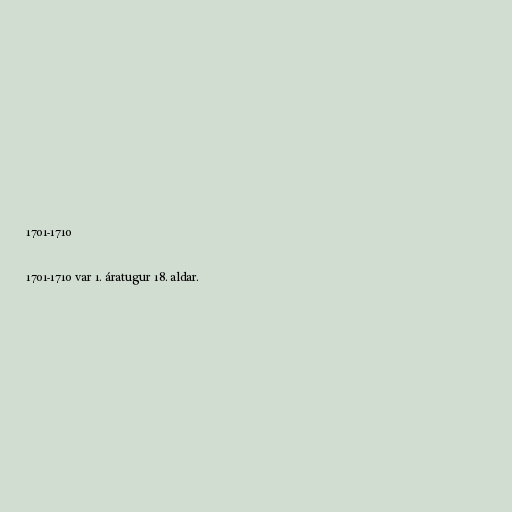
1701-1710

1701-1710 var 1. áratugur 18. aldar.